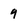
Character: 9